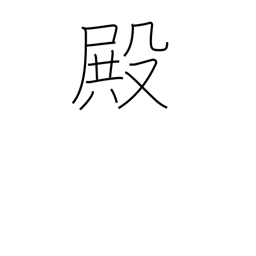
Meaning: Mr.